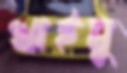
খাইমু